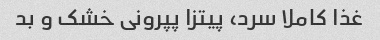
غذا کاملا سرد، پیتزا پپرونی خشک و بد